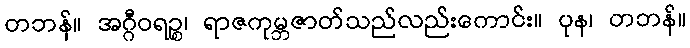
တဘန်။ အဂ္ဂီဝရဉ္စ၊ ရာဇကုမ္ဘဇာတ်သည်လည်းကောင်း။ ပုန၊ တဘန်။